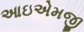
આઇએમજી